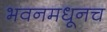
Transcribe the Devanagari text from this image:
भवनमधूनच